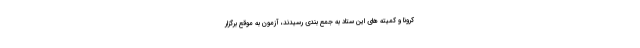
کرونا و کمیته های این ستاد به جمع بندی رسیدند، آزمون به موقع برگزار